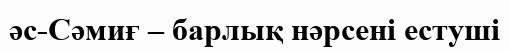
әс-Сәмиғ – барлық нәрсені естуші